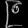
Digit: ၉